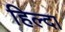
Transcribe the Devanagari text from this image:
हिल्दा